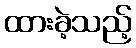
ထားခဲ့သည့်